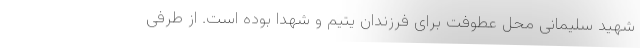
شهید سلیمانی محل عطوفت برای فرزندان یتیم و شهدا بوده است. از طرفی